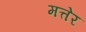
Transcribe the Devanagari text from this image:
मत्तेर